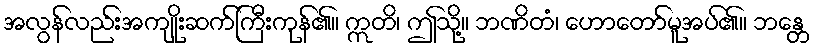
အလွန်လည်းအကျိုးဆက်ကြီးကုန်၏။ ဣတိ၊ ဤသို့။ ဘဏိတံ၊ ဟောတော်မူအပ်၏။ ဘန္တေ